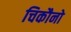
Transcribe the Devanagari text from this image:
चिकौनो